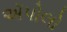
ઍપોલો